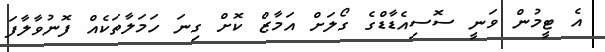
އެ ޓީމުން ވަނީ ސޮސިއެޑާޑްގެ ގޯލަށް އަމާޒް ކޮށް ގިނަ ހަމަލާތަކެއް ފޮނުވާލާފަ